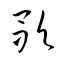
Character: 歌